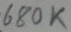
Text: 680K